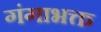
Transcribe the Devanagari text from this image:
गंगाभक्त